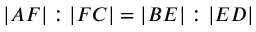
| A F | : | F C | = | B E | : | E D |